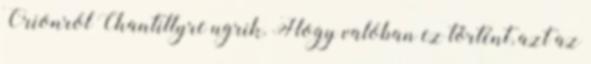
Orionról Chantillyre ugrik. Hogy valóban ez történt, azt az